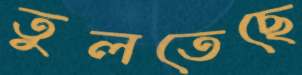
তুলতেছে